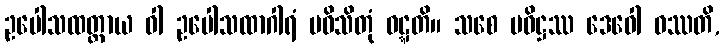
ဥပေါသထတ္ထာယ ဝါ ဥပေါသထာဂါရံ ပဝိသိတုံ ဝဋ္ဋတိ။ သစေ ပဝိဋ္ဌဿ ဒေဝေါ ဝဿတိ,